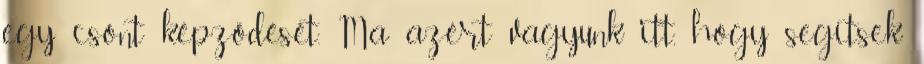
egy csont képződését. Ma azért vagyunk itt, hogy segítsek